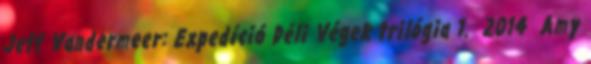
Jeff Vandermeer: Expedíció Déli Végek trilógia 1. 2014 Amy